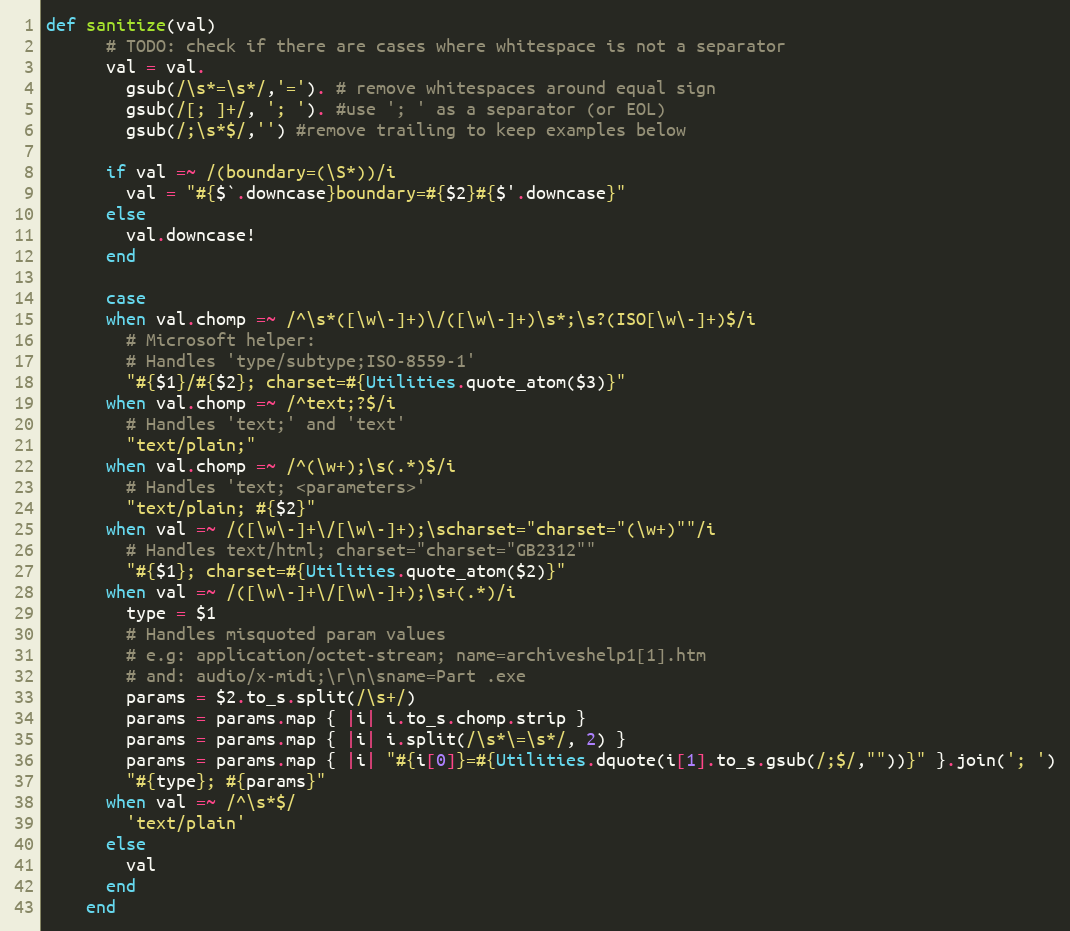
Language: Ruby
def sanitize(val)
      # TODO: check if there are cases where whitespace is not a separator
      val = val.
        gsub(/\s*=\s*/,'='). # remove whitespaces around equal sign
        gsub(/[; ]+/, '; '). #use '; ' as a separator (or EOL)
        gsub(/;\s*$/,'') #remove trailing to keep examples below

      if val =~ /(boundary=(\S*))/i
        val = "#{$`.downcase}boundary=#{$2}#{$'.downcase}"
      else
        val.downcase!
      end

      case
      when val.chomp =~ /^\s*([\w\-]+)\/([\w\-]+)\s*;\s?(ISO[\w\-]+)$/i
        # Microsoft helper:
        # Handles 'type/subtype;ISO-8559-1'
        "#{$1}/#{$2}; charset=#{Utilities.quote_atom($3)}"
      when val.chomp =~ /^text;?$/i
        # Handles 'text;' and 'text'
        "text/plain;"
      when val.chomp =~ /^(\w+);\s(.*)$/i
        # Handles 'text; <parameters>'
        "text/plain; #{$2}"
      when val =~ /([\w\-]+\/[\w\-]+);\scharset="charset="(\w+)""/i
        # Handles text/html; charset="charset="GB2312""
        "#{$1}; charset=#{Utilities.quote_atom($2)}"
      when val =~ /([\w\-]+\/[\w\-]+);\s+(.*)/i
        type = $1
        # Handles misquoted param values
        # e.g: application/octet-stream; name=archiveshelp1[1].htm
        # and: audio/x-midi;\r\n\sname=Part .exe
        params = $2.to_s.split(/\s+/)
        params = params.map { |i| i.to_s.chomp.strip }
        params = params.map { |i| i.split(/\s*\=\s*/, 2) }
        params = params.map { |i| "#{i[0]}=#{Utilities.dquote(i[1].to_s.gsub(/;$/,""))}" }.join('; ')
        "#{type}; #{params}"
      when val =~ /^\s*$/
        'text/plain'
      else
        val
      end
    end